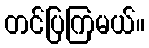
တင်ပြကြမယ်။